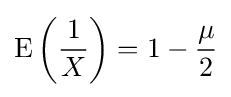
\operatorname {E} \left({\frac {1}{X}}\right)=1-{\frac {\mu }{2}}